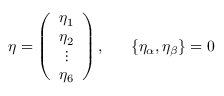
\eta = \left( \begin{array} { c } { { \eta _ { 1 } } } \\ { { \eta _ { 2 } } } \\ { { \vdots } } \\ { { \eta _ { 6 } } } \end{array} \right) , ~ ~ ~ ~ ~ \{ \eta _ { \alpha } , \eta _ { \beta } \} = 0